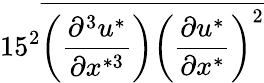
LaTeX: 15^{2}\overline{{\left(\frac{\partial^{3}u^{*}}{\partial x^{*3}}\right)\left(\frac{\partial u^{*}}{\partial x^{*}}\right)^{2}}}